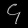
Digit: ၄